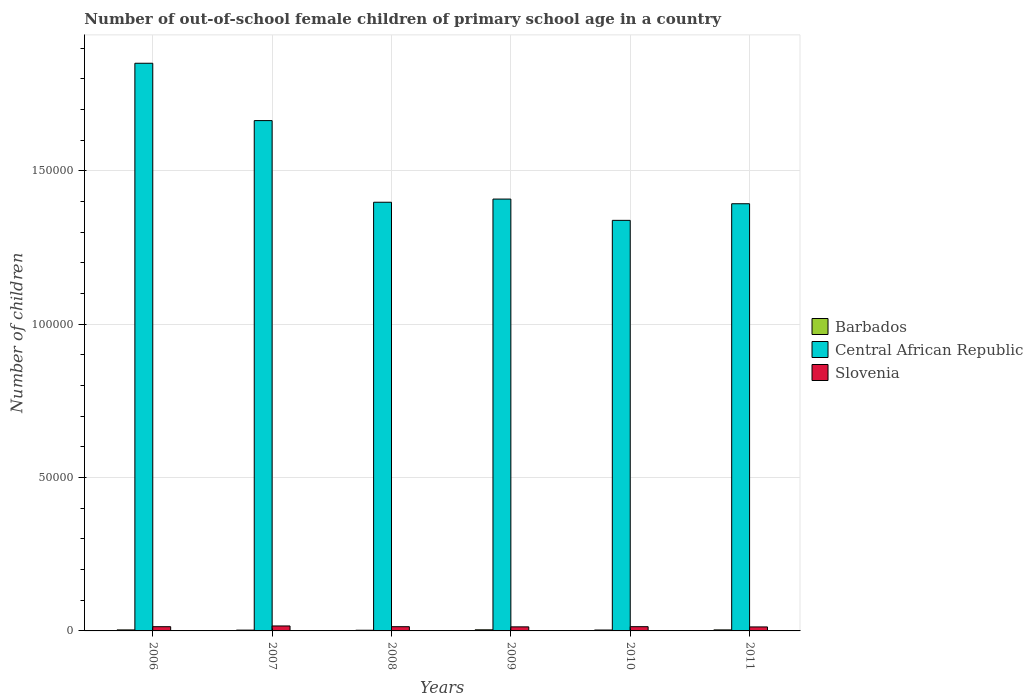
| Years | Barbados | Central African Republic | Slovenia |
 | --- | --- | --- | --- |
 | 2006 | 327 | 1.85e+05 | 1.38e+03 |
 | 2007 | 263 | 1.66e+05 | 1.62e+03 |
 | 2008 | 219 | 1.4e+05 | 1.38e+03 |
 | 2009 | 361 | 1.41e+05 | 1.32e+03 |
 | 2010 | 294 | 1.34e+05 | 1.38e+03 |
 | 2011 | 331 | 1.39e+05 | 1.3e+03 |